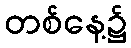
တစ်နေ့၌